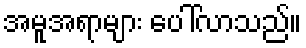
အမူအရာများ ပေါ်လာသည်။